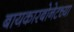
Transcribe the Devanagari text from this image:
बायकारबोनेटच्या